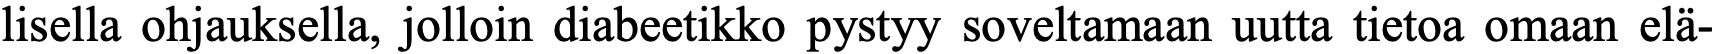
lisella ohjauksella, jolloin diabeetikko pystyy soveltamaan uutta tietoa omaan elä-